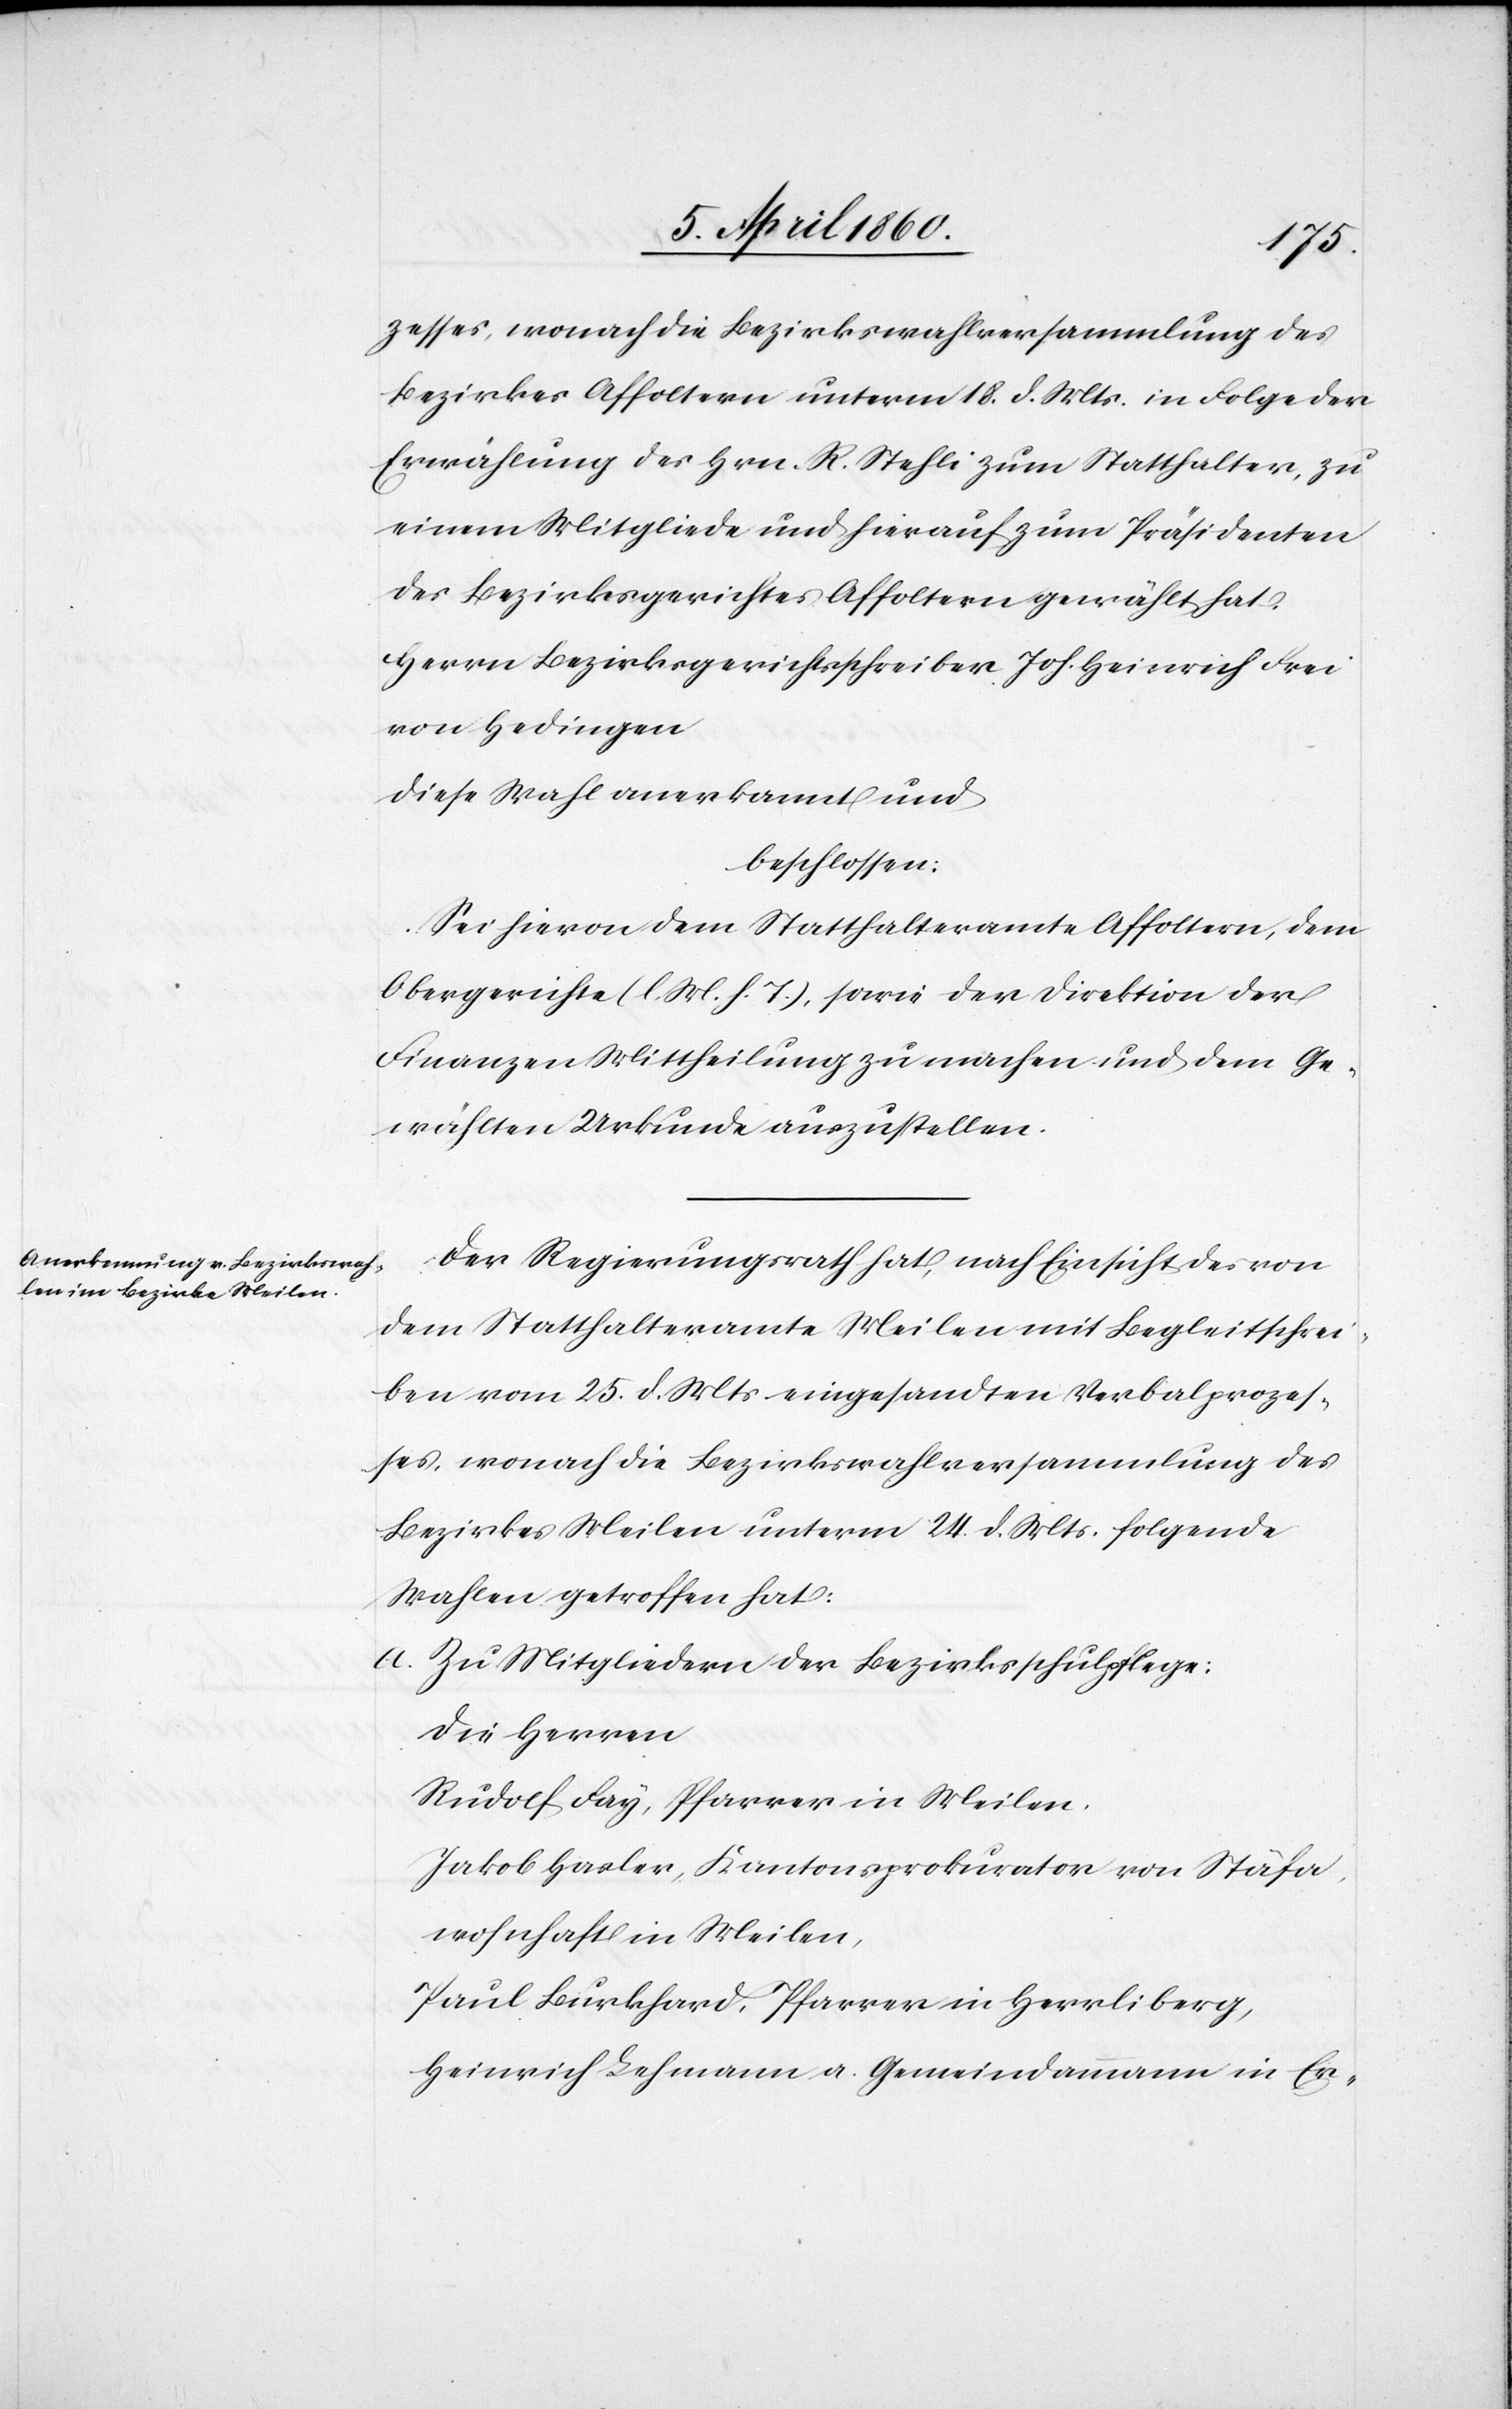
zesses, wonach die Bezirkswahlversammlung des
Bezirkes Affoltern unterm 18. d. Mts. in Folge der
Erwählung des Hrn. R. Stehli zum Statthalter, zu
einem Mitgliede und hierauf zum Präsidenten
des Bezirksgerichtes Affoltern gewählt hat
Herrn Bezirksgerichtsschreiber Joh. Heinrich Frei
von Hedingen
diese Wahl anerkannt und
beschlossen:
Sei hievon dem Statthalteramte Affoltern, dem
Obergerichte [l. M. h. T] sowie der Direktion der
Finanzen Mittheilung zu machen und dem Ge¬
wählten Urkunde auszustellen.
Der Regierungsrath hat, nach Einsicht des von
dem Statthalteramte Meilen mit Begleitschrei¬
ben vom 25. d. Mts. eingesandten Verbalprozes¬
ses, wonach die Bezirkswahlversammlung des
Bezirkes Meilen unterm 24. d. Mts. folgende
Wahlen getroffen hat:
a. Zu Mitgliedern der Bezirksschulpflege
Die Herren
Rudolf Fay, Pfarrer in Meilen.
Jakob Hasler, Kantonsprokurator von Stäfa,
wohnhaft in Meilen,
Paul Burkhard, Pfarrer in Herrliberg,
Heinrich Lehmann a. Gemeindammann in Er-